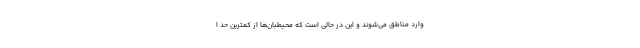
وارد مناطق می‌شوند و این در حالی است که محیطبان‌ها از کمترین حد ا